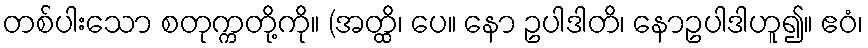
တစ်ပါးသော စတုက္ကတို့ကို။ (အတ္ထိ၊ ပေ။ နော ဥပါဒါတိ၊ နောဥပါဒါဟူ၍။ ဧဝံ၊